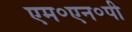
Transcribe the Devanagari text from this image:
एम॰एन॰पी